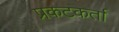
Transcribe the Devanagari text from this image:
प्रकटकर्ता